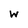
Character: w